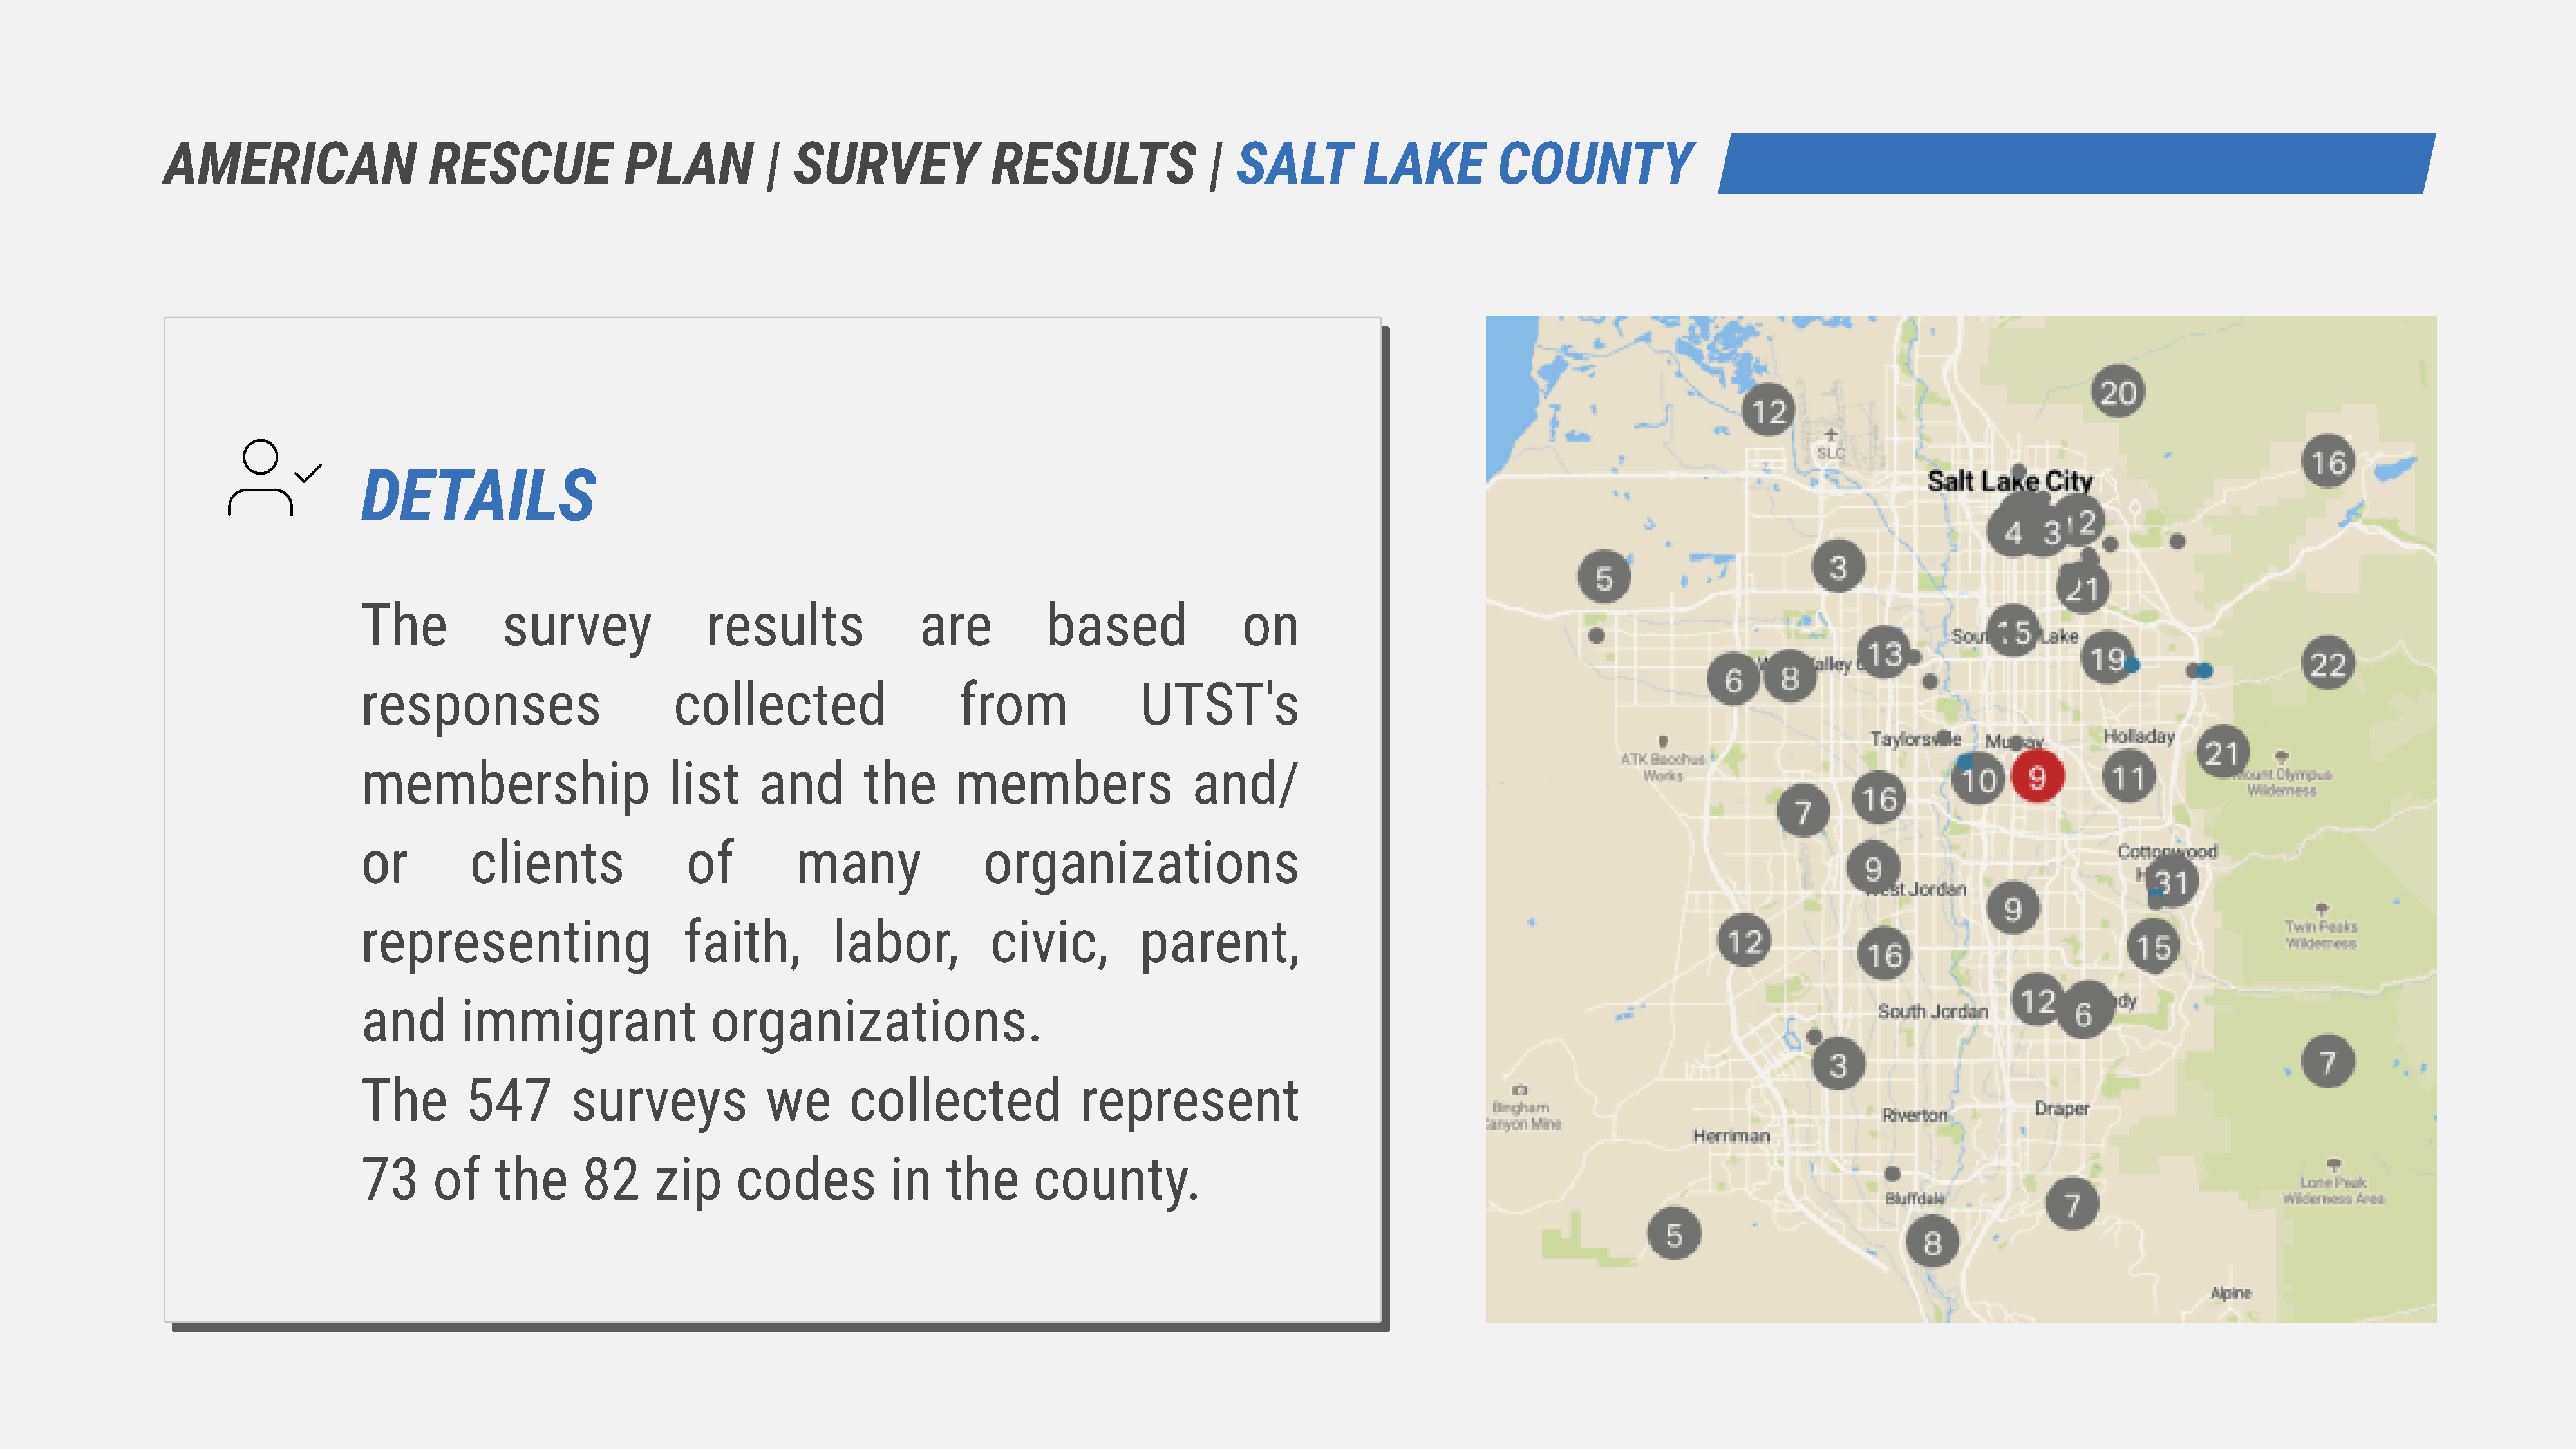
American                   Rescue              Plan           |  Survey              Results               |  SALT         LAKE          COUNTY
 details
 The            survey               results              are           based               on
 responses                       collected                     from              UTST's
 membership                      list     and        the      members                 and/
 or         clients                of         many               organizations
 representing                     faith,          labor,          civic,         parent,
 and       immigrant                 organizations.
 The        547        surveys             we      collected               represent
 73     of     the      82     zip      codes          in    the      county.